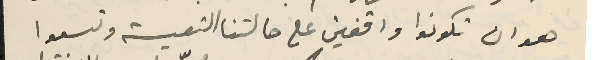
هو ان تكونوا واقفين على حالتنا التعيسة وتسعوا